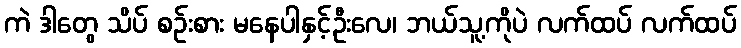
ကဲ ဒါတွေ သိပ် စဉ်းစား မနေပါနှင့်ဦးလေ၊ ဘယ်သူ့ကိုပဲ လက်ထပ် လက်ထပ်